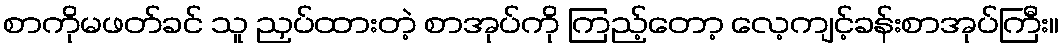
စာကိုမဖတ်ခင် သူ ညှပ်ထားတဲ့ စာအုပ်ကို ကြည့်တော့ လေ့ကျင့်ခန်းစာအုပ်ကြီး။